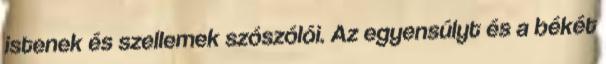
istenek és szellemek szószólói. Az egyensúlyt és a békét